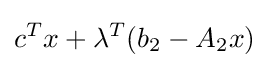
c^{T}x+\lambda ^{T}(b_{2}-A_{2}x)